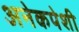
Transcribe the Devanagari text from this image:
अनेकपेशी